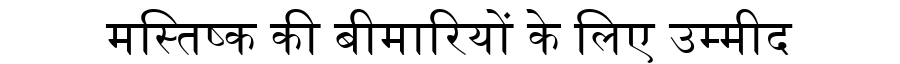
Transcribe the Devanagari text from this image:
मस्तिष्क की बीमारियों के लिए उम्मीद